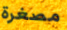
مصغرة